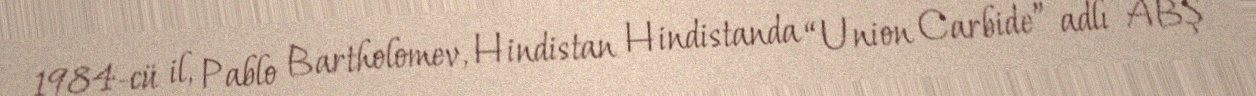
1984-cü il, Pablo Bartholomev, Hindistan Hindistanda “Union Carbide” adlı ABŞ